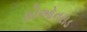
કોઓનરાડ